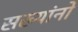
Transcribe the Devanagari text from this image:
सख्यांनो